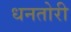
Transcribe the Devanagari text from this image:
धनतोरी